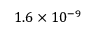
1 . 6 \times 1 0 ^ { - 9 }